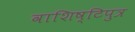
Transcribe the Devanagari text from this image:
वाशिष्टिपुत्र